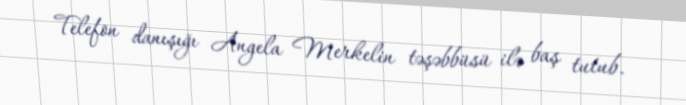
Telefon danışığı Angela Merkelin təşəbbüsü ilə baş tutub.